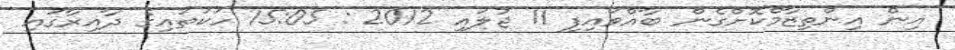
އިން އިންތިޒާމްކޮށްގެން ބާއްވައިފި 11 ޖުލައި 2012 : 15:05 ހަކަތައިގެ ދާއިރާގައި